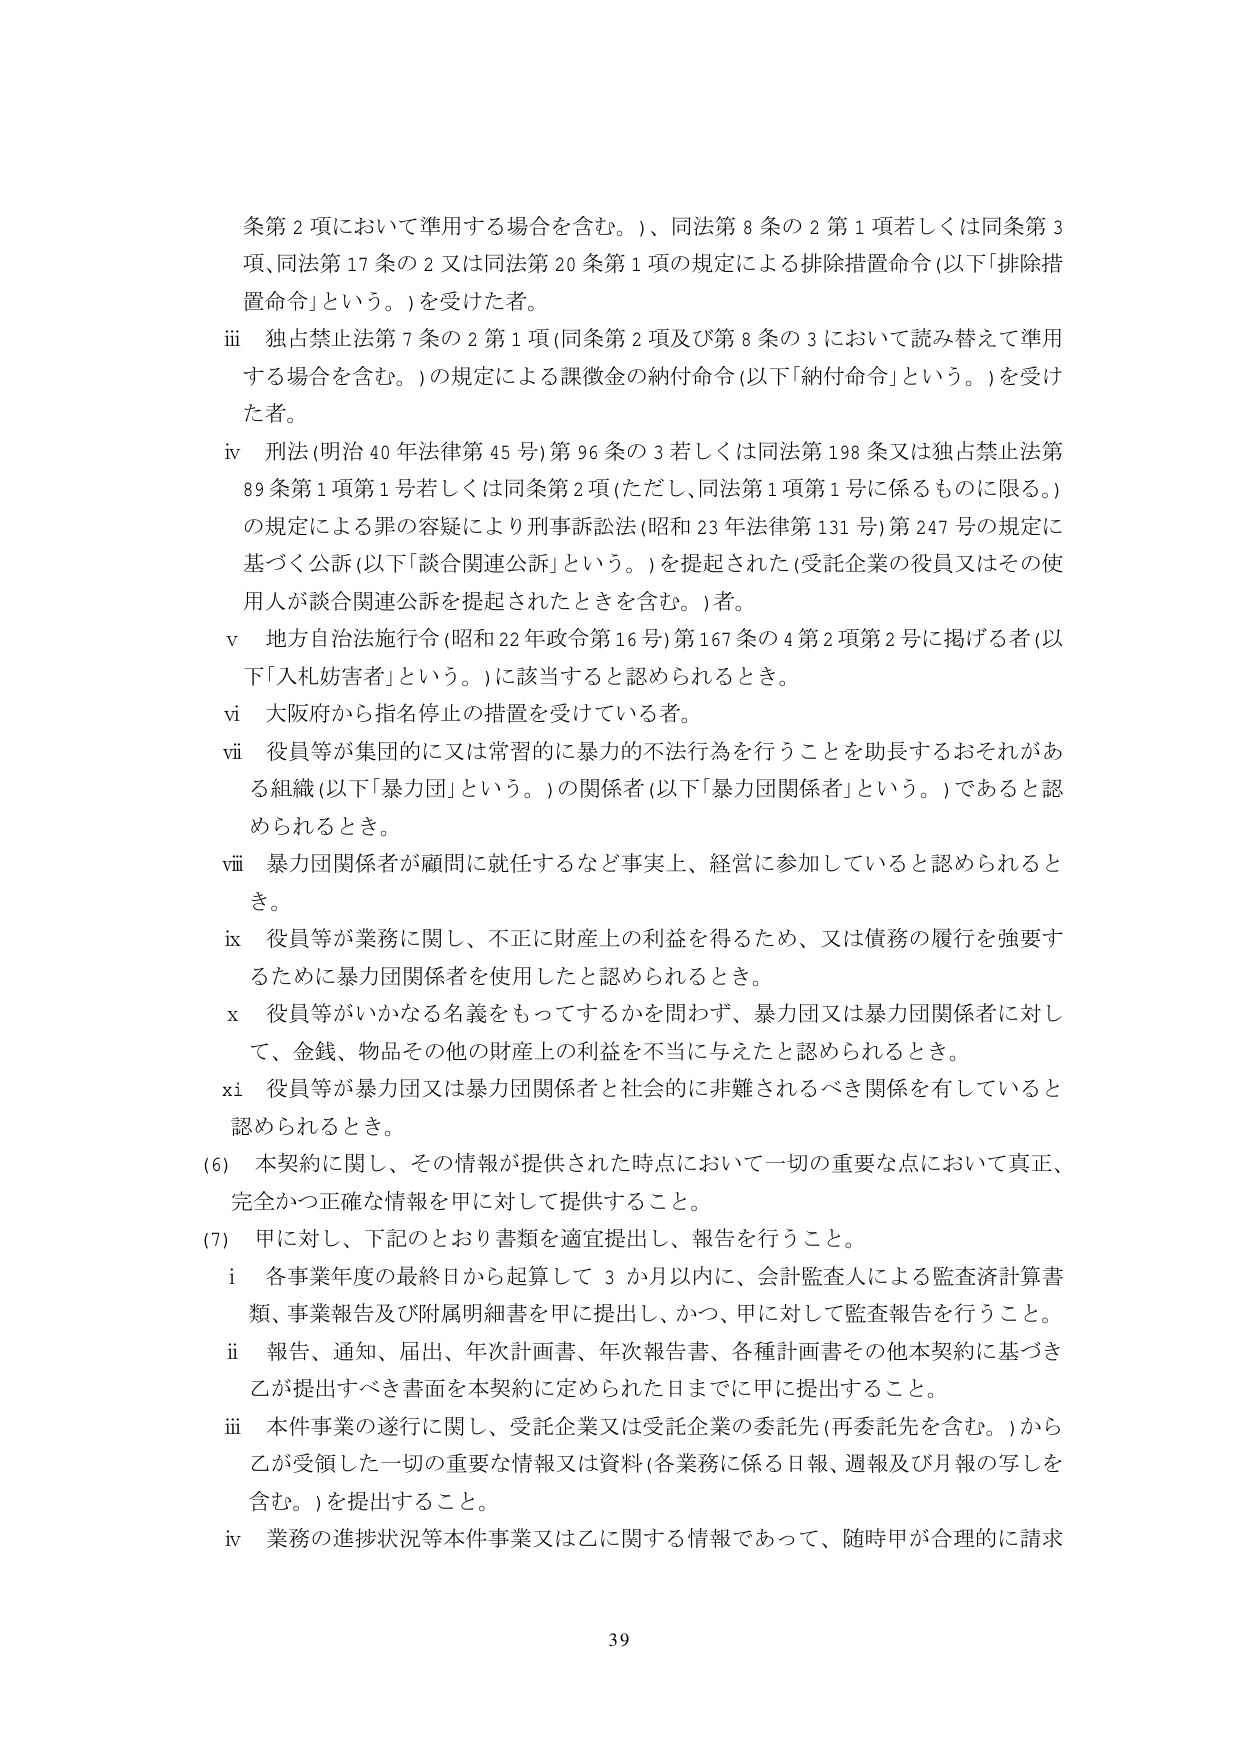
条第２項において準用する場合を含む。）、同法第８条の２第１項若しくは同条第３項、同法第17条の２又は同法第20条第１項の規定による排除措置命令（以下「排除措置命令」という。）を受けた者。

ⅲ　独占禁止法第７条の２第１項（同条第２項及び第８条の３において読み替えて準用する場合を含む。）の規定による課徴金の納付命令（以下「納付命令」という。）を受けた者。

ⅳ　刑法（明治40年法律第45号）第96条の３若しくは同法第198条又は独占禁止法第89条第１項第１号若しくは同条第２項（ただし、同法第１項第１号に係るものに限る。）の規定による罪の容疑により刑事訴訟法（昭和23年法律第131号）第247号の規定に基づく公訴（以下「談合関連公訴」という。）を提起された（受託企業の役員又はその使用人が談合関連公訴を提起されたときを含む。）者。

ⅴ　地方自治法施行令（昭和22年政令第16号）第167条の４第２項第２号に掲げる者（以下「入札妨害者」という。）に該当すると認められるとき。

ⅵ　大阪府から指名停止の措置を受けている者。

ⅶ　役員等が集団的に又は常習的に暴力的不法行為を行うことを助長するおそれがある組織（以下「暴力団」という。）の関係者（以下「暴力団関係者」という。）であると認められるとき。

ⅷ　暴力団関係者が顧問に就任するなど事実上、経営に参加していると認められるとき。

ⅸ　役員等が業務に関し、不正に財産上の利益を得るため、又は債務の履行を強要するために暴力団関係者を使用したと認められるとき。

ⅹ　役員等がいかなる名義をもってするかを問わず、暴力団又は暴力団関係者に対して、金銭、物品その他の財産上の利益を不当に与えたと認められるとき。

ⅹⅰ　役員等が暴力団又は暴力団関係者と社会的に非難されるべき関係を有していると認められるとき。

（6）　本契約に関し、その情報が提供された時点において一切の重要な点において真正、完全かつ正確な情報を甲に対して提供すること。

（7）　甲に対し、下記のとおり書類を適宜提出し、報告を行うこと。

　　ⅰ　各事業年度の最終日から起算して３か月以内に、会計監査人による監査済計算書類、事業報告及び附属明細書を甲に提出し、かつ、甲に対して監査報告を行うこと。

　　ⅱ　報告、通知、届出、年次計画書、年次報告書、各種計画書その他本契約に基づき乙が提出すべき書面を本契約に定められた日までに甲に提出すること。

　　ⅲ　本件事業の遂行に関し、受託企業又は受託企業の委託先（再委託先を含む。）から乙が受領した一切の重要な情報又は資料（各業務に係る日報、週報及び月報の写しを含む。）を提出すること。

　　ⅳ　業務の進捗状況等本件事業又は乙に関する情報であって、随時甲が合理的に請求

39